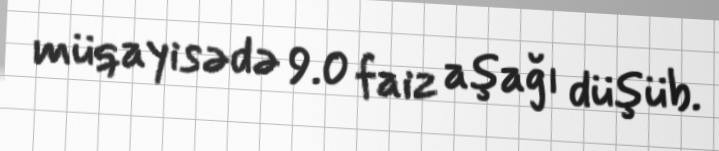
müqayisədə 9.0 faiz aşağı düşüb.